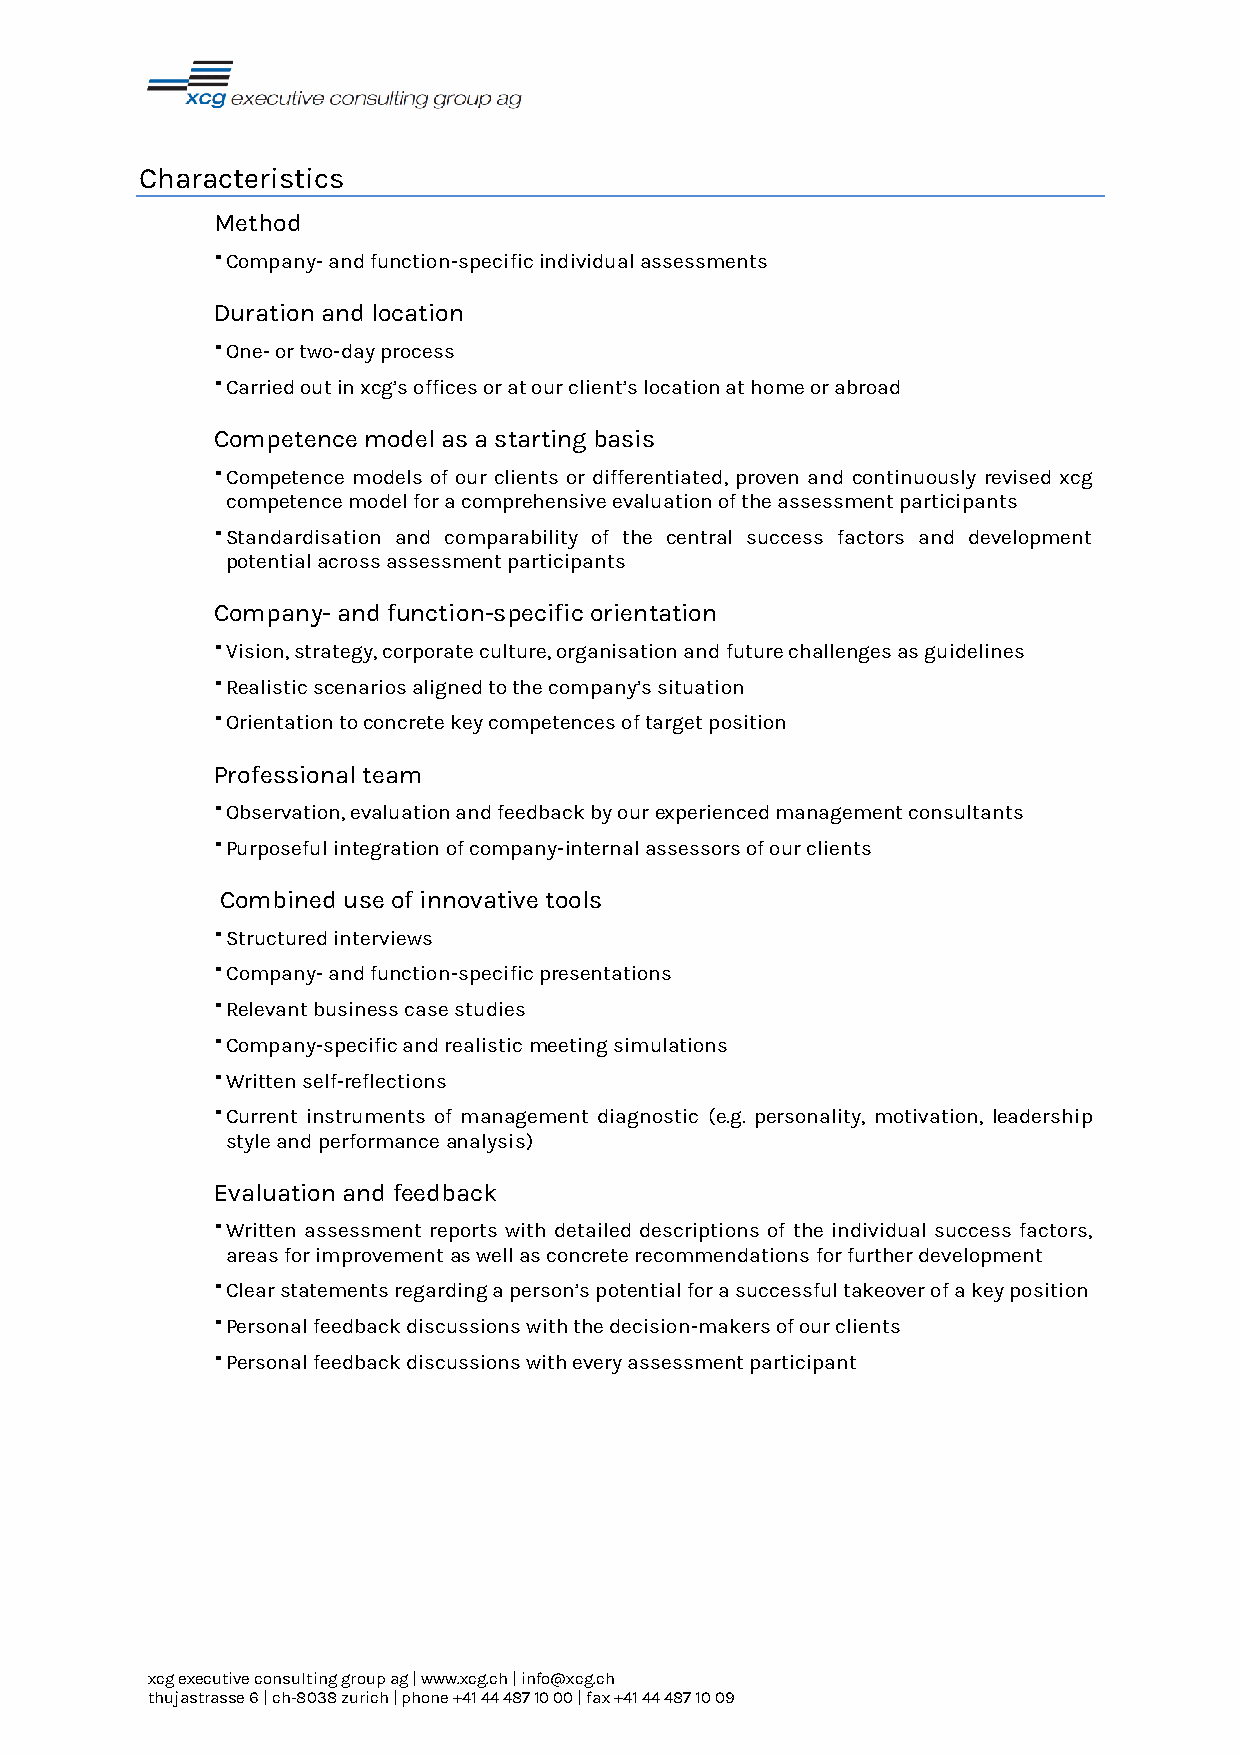
Characteristics
 Method
 
 Company- and function-specific individual assessments
 Duration and location
 
 One- or two-day process
 
 Carried out in xcg’s offices or at our client’s location at home or abroad
 Competence model as a starting basis
 
 Competence models of our clients or differentiated, proven and continuously revised xcg
 competence model for a comprehensive evaluation of the assessment participants
 
 Standardisation and comparability of the central success factors and development
 potential across assessment participants
 Company- and function-specific orientation
 
 Vision, strategy, corporate culture, organisation and future challenges as guidelines
 
 Realistic scenarios aligned to the company’s situation
 
 Orientation to concrete key competences of target position
 Professional team
 
 Observation, evaluation and feedback by our experienced management consultants
 
 Purposeful integration of company-internal assessors of our clients
 Combined use of innovative tools
 
 Structured interviews
 
 Company- and function-specific presentations
 
 Relevant business case studies
 
 Company-specific and realistic meeting simulations
 
 Written self-reflections
 
 Current instruments of management diagnostic (e.g. personality, motivation, leadership
 style and performance analysis)
 Evaluation and feedback
 
 Written assessment reports with detailed descriptions of the individual success factors,
 areas for improvement as well as concrete recommendations for further development
 
 Clear statements regarding a person’s potential for a successful takeover of a key position
 
 Personal feedback discussions with the decision-makers of our clients
 
 Personal feedback discussions with every assessment participant
 xcg executive consulting group ag | www.xcg.ch | info@xcg.ch
 thujastrasse 6 | ch-8038 zurich | phone +41 44 487 10 00 | fax +41 44 487 10 09